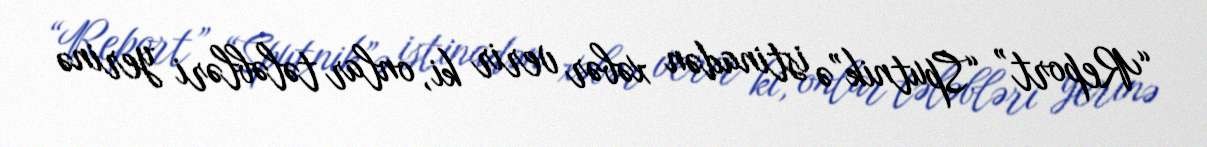
“Report” “Sputnik”ə istinadən xəbər verir ki, onlar tələbləri yerinə